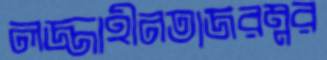
লজ্জাহীনতাজরম্নর